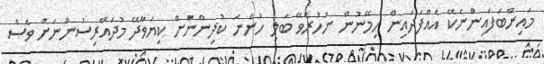
މައިންބަފައިންނެކޭ އެއްފަދައިން ހިމޭނުން ނުހުރެވޭ ބަލި ހުންނަ ކުދިންނަށް ކިޔަވާދޭ މުދައްރިސުންނަށް ވެސް